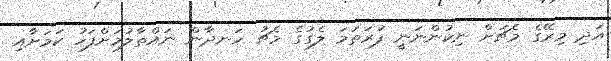
އަދި މިރޭގެ މެޗަށް ނިކުންނަނީ ފުރަތަމަ ލެގުގެ މެޗު ހަނދާން ނައްތާލުމަށްފަހު ކަމަށާއި